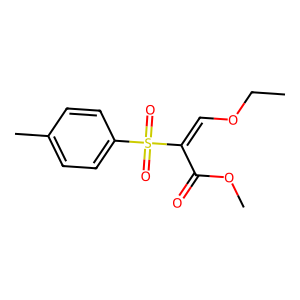
SMILES: CCOC=C(C(=O)OC)S(=O)(=O)c1ccc(C)cc1
Inhibits HIV replication: No